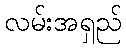
လမ်းအရှည်